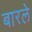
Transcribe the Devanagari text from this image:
बारले